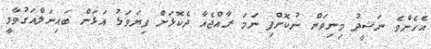
އެހެންވެ ނަޝީދު މިނިވަން ނުކޮށްފި ނަމަ ރާއްޖެއާ ދެކޮޅަށް ފިޔަވަޅު އަޅަން ބައިނަލްއަގުވާމީ